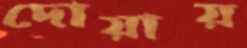
দোয়ায়